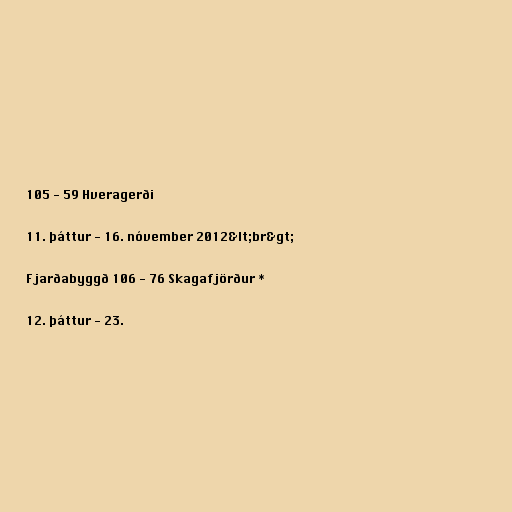
105 - 59 Hveragerði

11. þáttur - 16. nóvember 2012&lt;br&gt;

Fjarðabyggð 106 - 76 Skagafjörður *

12. þáttur - 23.